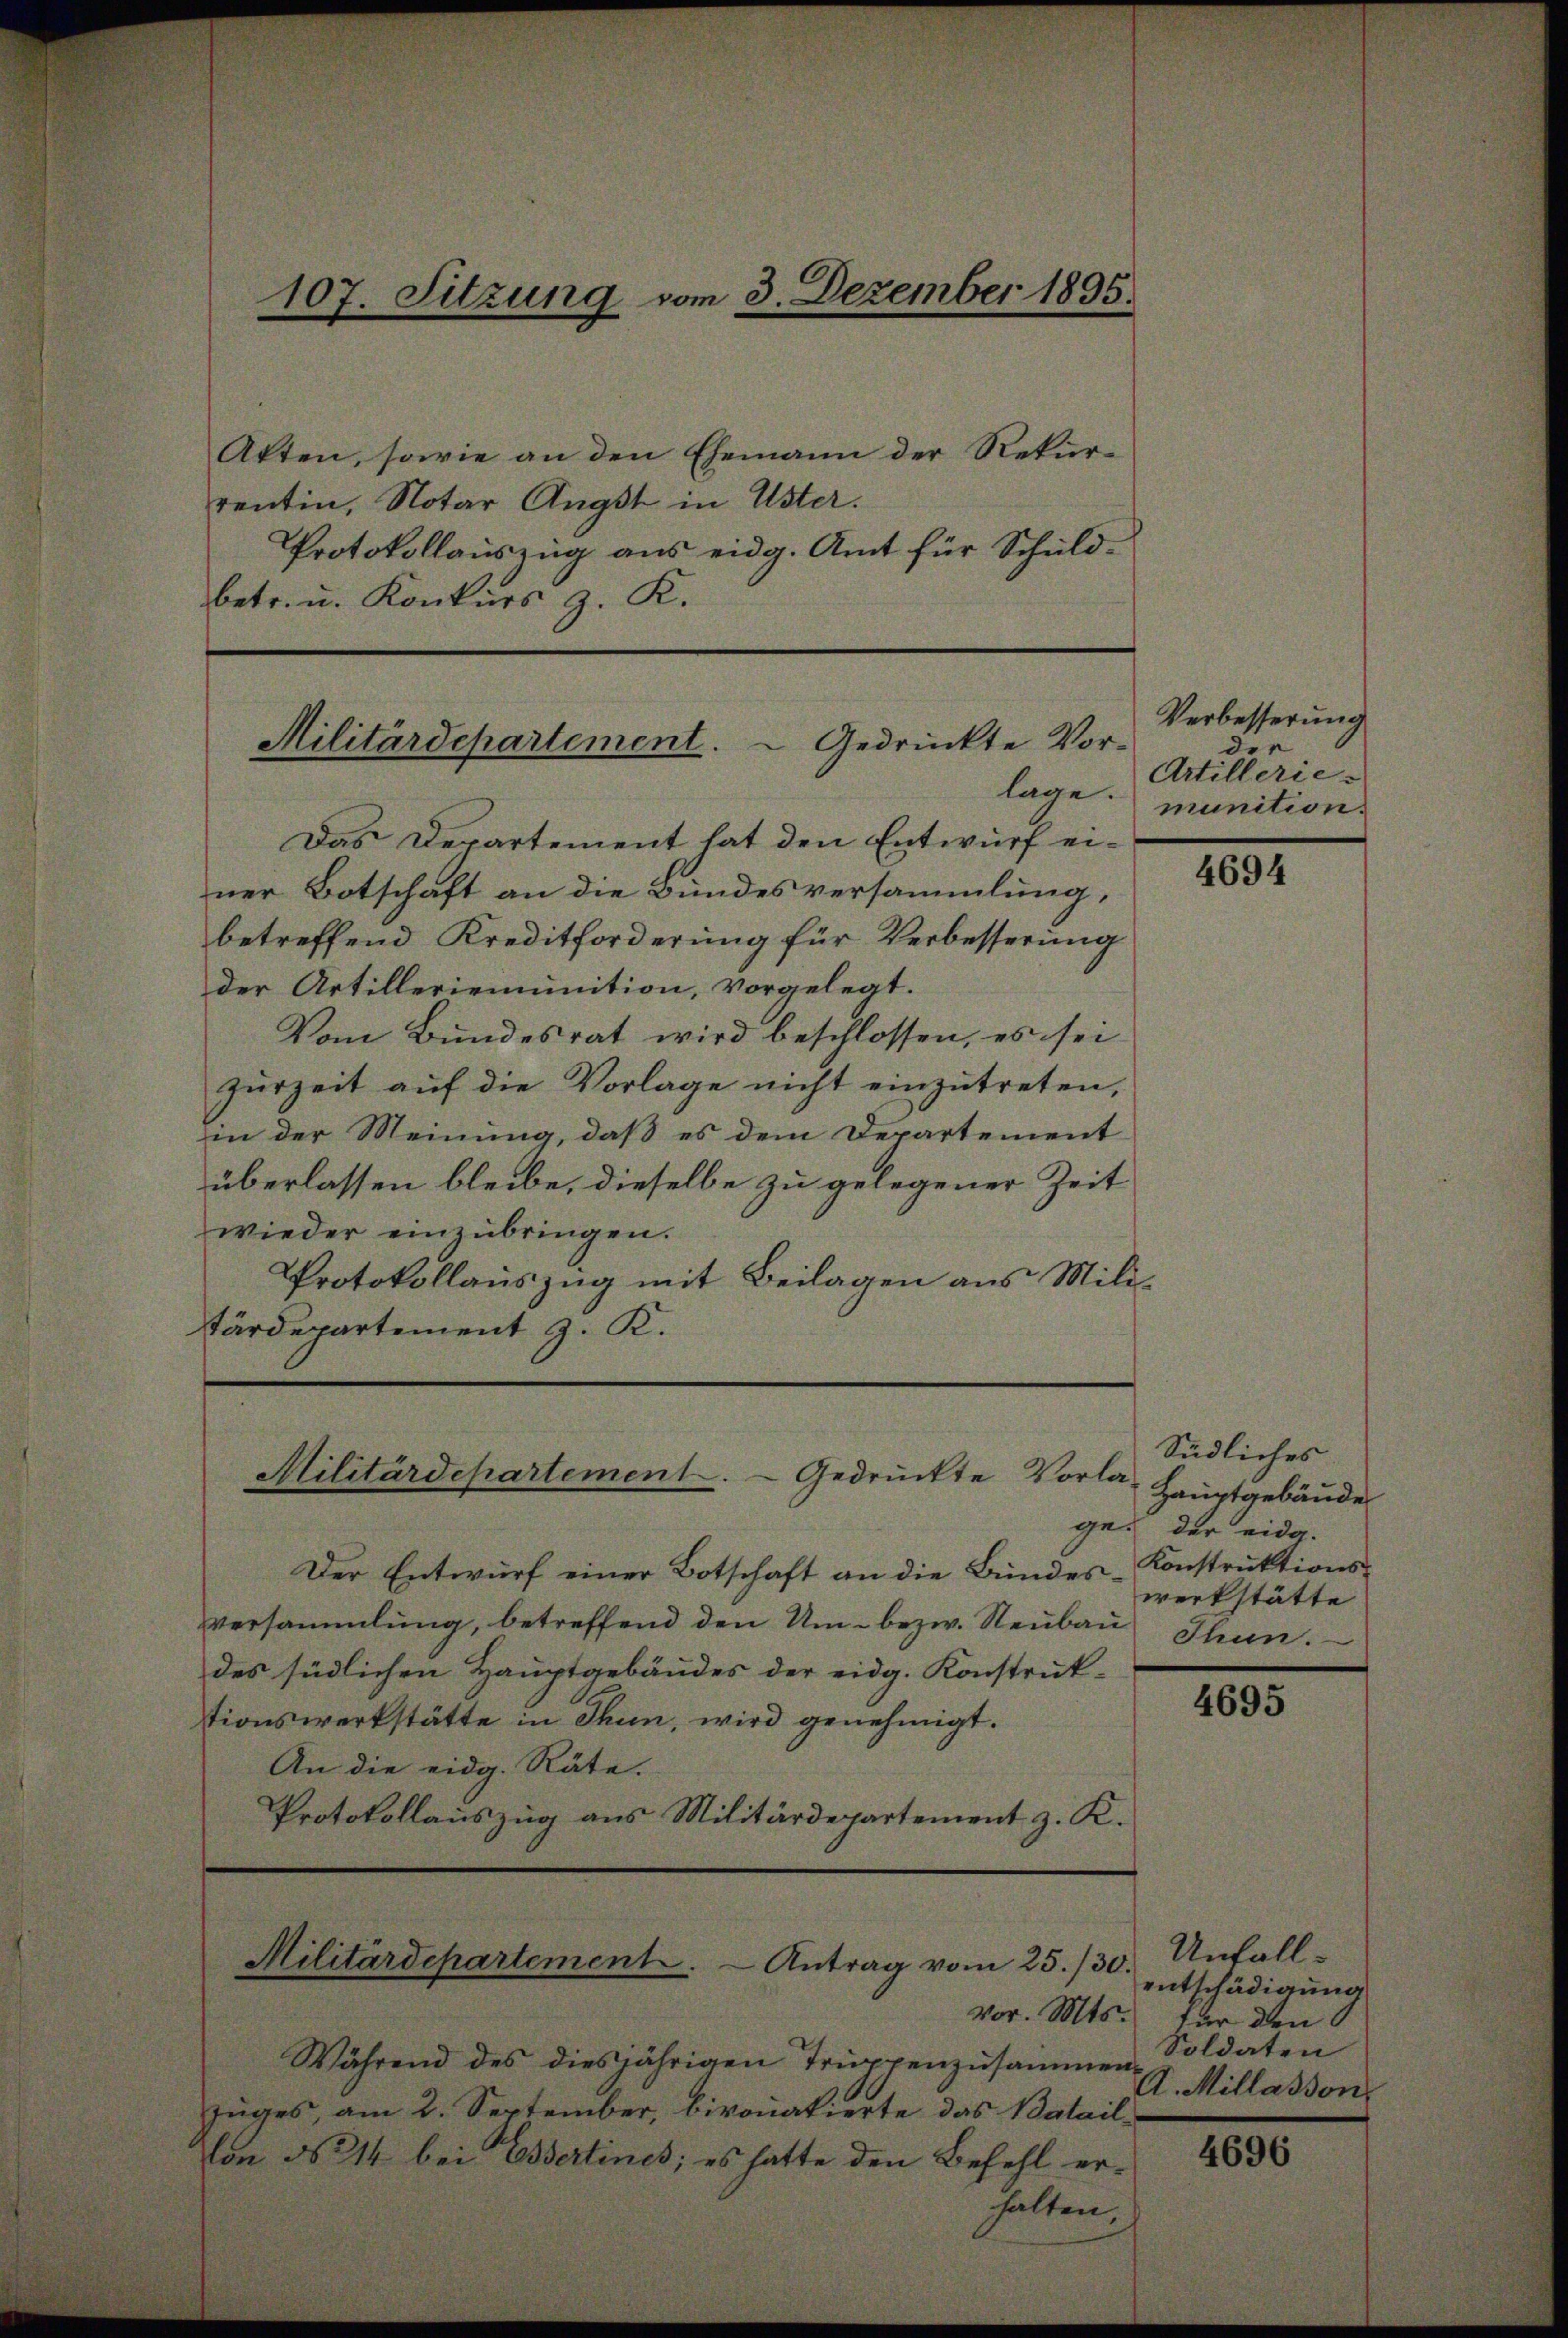
Akten, sowie an den Ehemann der Rekurrentin, Notar Angst in Uster.
Protokollauszug aus eidg. Amt für Schuldbetr. u. Konkurs z. K.

107. Sitzung vom 3. Dezember 1895.

Militärdepartement.   Gedrückte Vor-

Das Departement hat den Entwurf einer Botschäft an die Bundesversammlung,
betreffend Kreditforderung für Verbesserung
der Artilleriemunition, vorgelegt.
Vom Bundesrat wird beschlossen, es sei
zŭrzeit aŭf die Vorlage nicht einzŭtreten,
in der Meinung, daß es dem Departement
überlassen bleibe, dieselbe zu gelegener Zeit
wieder einzŭbringen.
Protokollauszug mit Beilagen aus Militärdepartement z. K.

Militärdepartement.   Gedrückte Vorla-

Der Entwurf einer Botschaft an die Bundesversammlung, betreffend den Um- bezw. Neubau Thun.
des südlichen Hauptgebäudes der eidg. Konstruktionswerkstätte in Thun, wird genehmigt.
An die eidg. Räte.
Protokollauszug aus Militärdepartement z. K.

Militärdepartement. - Antrag vom 25./30.
.

Während des diesjährigen Truppenzusammen-
zuges, am 2. September, bivonatierte das Batail-
Von No 14 bei Essertinet; es hatte den Befehl erhalten,

Verbesserung
e
die
Artillerie-
lage munition.

4694

Südliches
Hauptgebäude
ge der eidg.
Konstruktions-
werkstätte

4695

Unfall-
entschädigung
vor. Mts. für den
Soldaten
A. Millasson

4696